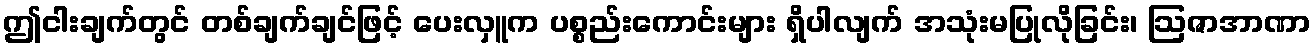
ဤငါးချက်တွင် တစ်ချက်ချင်ဖြင့် ပေးလှူက ပစ္စည်းကောင်းများ ရှိပါလျက် အသုံးမပြုလိုခြင်း၊ ဩဇာအာဏာ